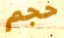
حجم